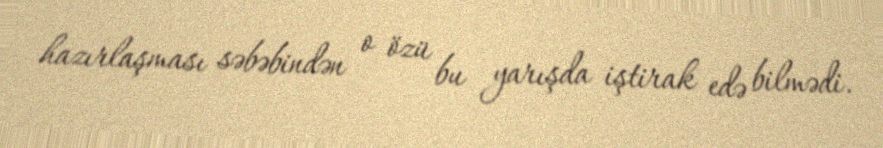
hazırlaşması səbəbindən o özü bu yarışda iştirak edə bilmədi.